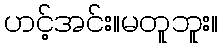
ဟင့်အင်း။မတူဘူး။